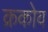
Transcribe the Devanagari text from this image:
क्रकोव